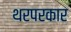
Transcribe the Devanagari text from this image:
थरपरकार